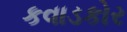
કવાડકોર